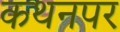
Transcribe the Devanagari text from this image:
कथनपर